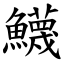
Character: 鱴